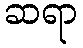
ဆရာ